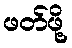
ဖတ်ဖို့